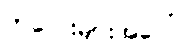
ကလေးများအပေါ်